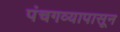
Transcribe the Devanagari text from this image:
पंचगव्यापासून